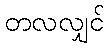
တလလျှင်